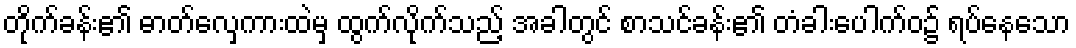
တိုက်ခန်း၏ ဓာတ်လှေကားထဲမှ ထွက်လိုက်သည့် အခါတွင် စာသင်ခန်း၏ တံခါးပေါက်ဝ၌ ရပ်နေသော